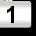
Digit: 1